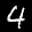
Label: 4